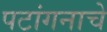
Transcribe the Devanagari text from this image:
पटांगनाचे